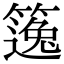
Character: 𥳿